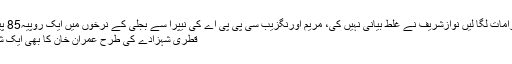
اسد عمر مخالفین جتنے مرضی الزامات لگا لیں نوازشریف نے غلط بیانی نہیں کی، مریم اورنگزیب سی پی پی اے کی نیپرا سے بجلی کے نرخوں میں ایک روپیہ85 پیسے فی یونٹ کمی کی درخواست
قطری شہزادے کی طرح عمران خان کا بھی ایک شہزادہ ہے ، پیر کو ثبوت لاؤں گا۔